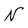
Character: N